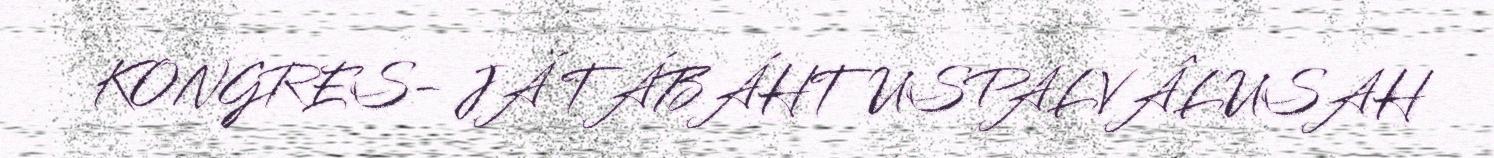
KONGRES- JÁ TÁBÁHTUSPALVÂLUSAH